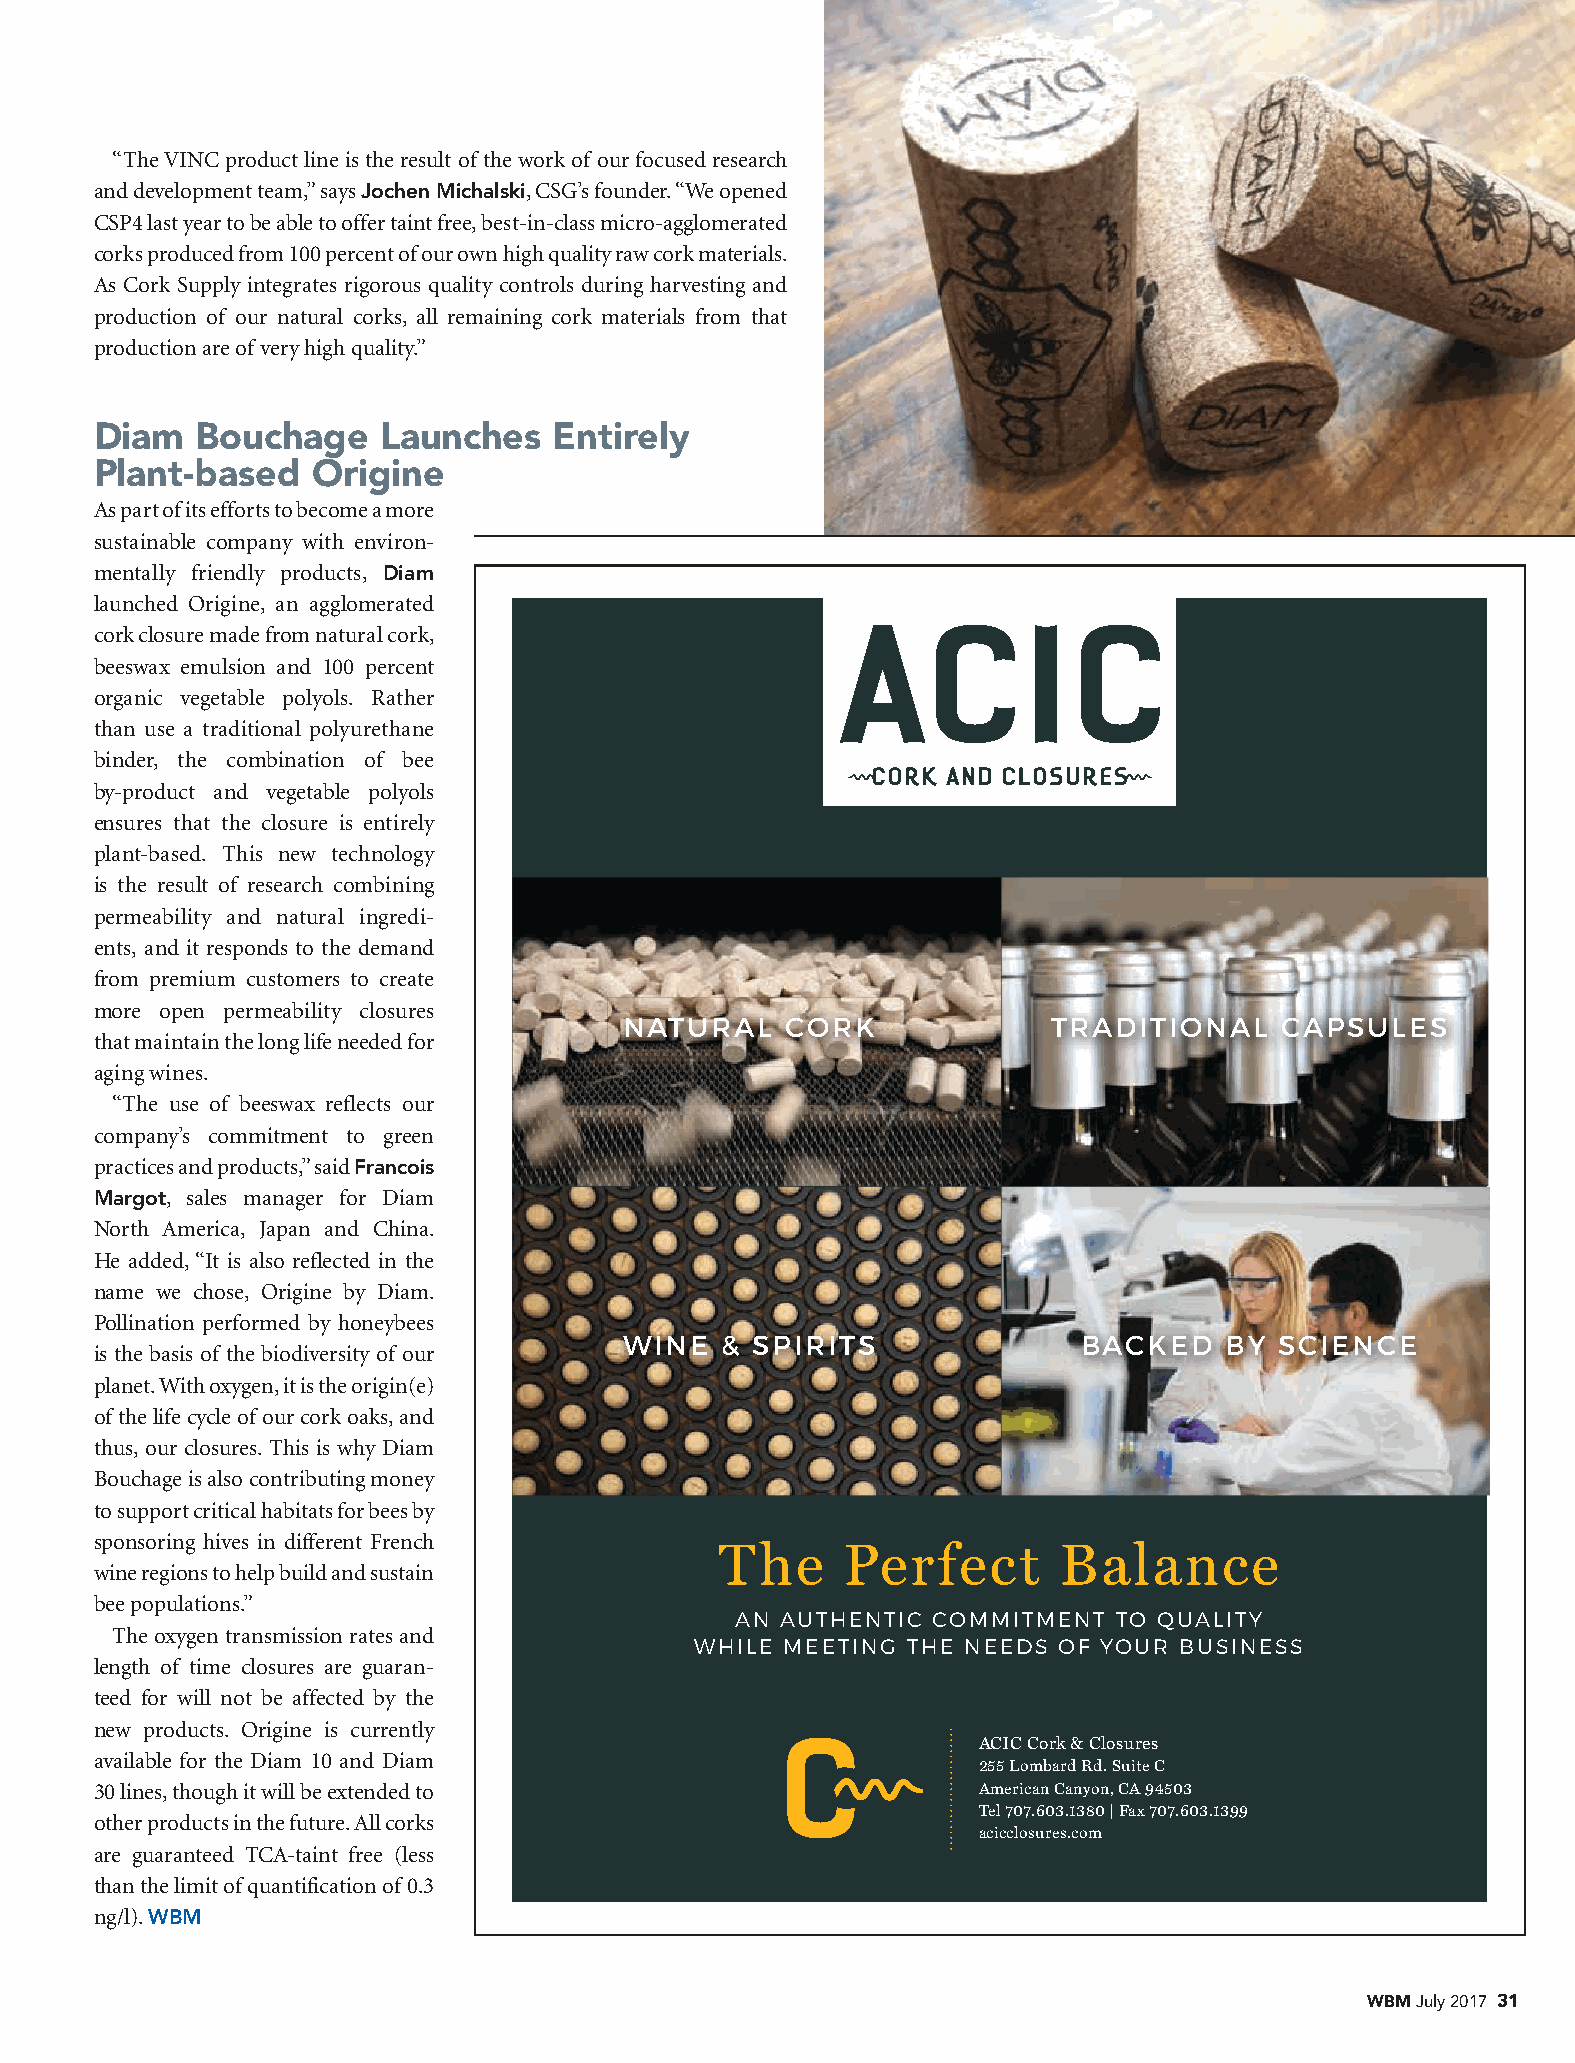
“The VINC product line is the result of the work of our focused research
 and development team,” says Jochen Michalski, CSG’s founder. “We opened
 CSP4 last year to be able to offer taint free, best-in-class micro-agglomerated
 corks produced from 100 percent of our own high quality raw cork materials.
 As Cork Supply integrates rigorous quality controls during harvesting and
 production of our natural corks, all remaining cork materials from that
 production are of very high quality.”
 HALF   PAGE    ISLAND
 Diam   Bouchage    Launches    Entirely
 Plant-based    Origine                               7”  X 9.125”
 As part of its efforts to become a more
 sustainable company with environ-
 mentally friendly products, Diam
 launched Origine, an agglomerated
 cork closure made from natural cork,
 beeswax emulsion and 100 percent
 organic vegetable polyols. Rather
 than use a traditional polyurethane
 binder, the combination of bee
 by-product and vegetable polyols
 ensures that the closure is entirely
 plant-based. This new technology
 is the result of research combining
 permeability and natural ingredi-
 ents, and it responds to the demand
 from premium customers to create
 more open permeability closures
 NATURAL    CORK              TRADITIONAL    CAPSULES
 that maintain the long life needed for
 aging wines.
 “The use of beeswax reflects our
 company’s commitment to green
 practices and products,” said Francois
 Margot, sales manager for Diam
 North America, Japan and China.
 He added, “It is also reflected in the
 name we chose, Origine by Diam.
 Pollination performed by honeybees
 WINE   & SPIRITS               BACKED   BY  SCIENCE
 is the basis of the biodiversity of our
 planet. With oxygen, it is the origin(e)
 of the life cycle of our cork oaks, and
 thus, our closures. This is why Diam
 Bouchage is also contributing money
 to support critical habitats for bees by
 sponsoring hives in different French
 The     Perfect       Balance
 wine regions to help build and sustain
 bee populations.”
 AN AUTHENTIC COMMITMENT  TO QUALITY
 The oxygen transmission rates and
 WHILE MEETING THE NEEDS OF YOUR BUSINESS
 length of time closures are guaran-
 teed for will not be affected by the
 new products. Origine is currently
 ACIC Cork & Closures
 available for the Diam 10 and Diam
 255 Lombard Rd. Suite C
 30 lines, though it will be extended to                    American Canyon, CA 94503
 Tel 707.603.1380 | Fax 707.603.1399
 other products in the future. All corks
 acicclosures.com
 are guaranteed TCA-taint free (less
 than the limit of quantification of 0.3
 ng/l). WBM
 WBM July 2017 31